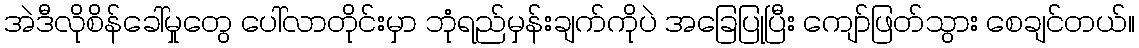
အဲဒီလိုစိန်ခေါ်မှုတွေ ပေါ်လာတိုင်းမှာ ဘုံရည်မှန်းချက်ကိုပဲ အခြေပြုပြီး ကျော်ဖြတ်သွား စေချင်တယ်။